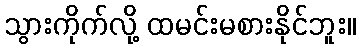
သွားကိုက်လို့ ထမင်းမစားနိုင်ဘူး။